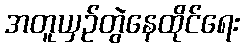
အတူယှဉ်တွဲနေထိုင်ရေး